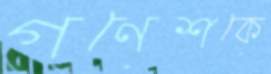
গণেশকে